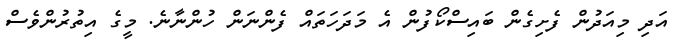
އަދި މިއަދުން ފެށިގެން ބައިސްކޯފުން އެ މަދަހަތައް ފެންނަން ހުންނާނެ. މީގެ އިތުރުންވެސް